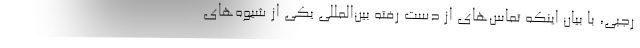
رجبی، با بیان اینکه تماس‌های از دست رفته بین‌المللی یکی از شیوه‌های